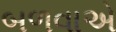
બળવાએ